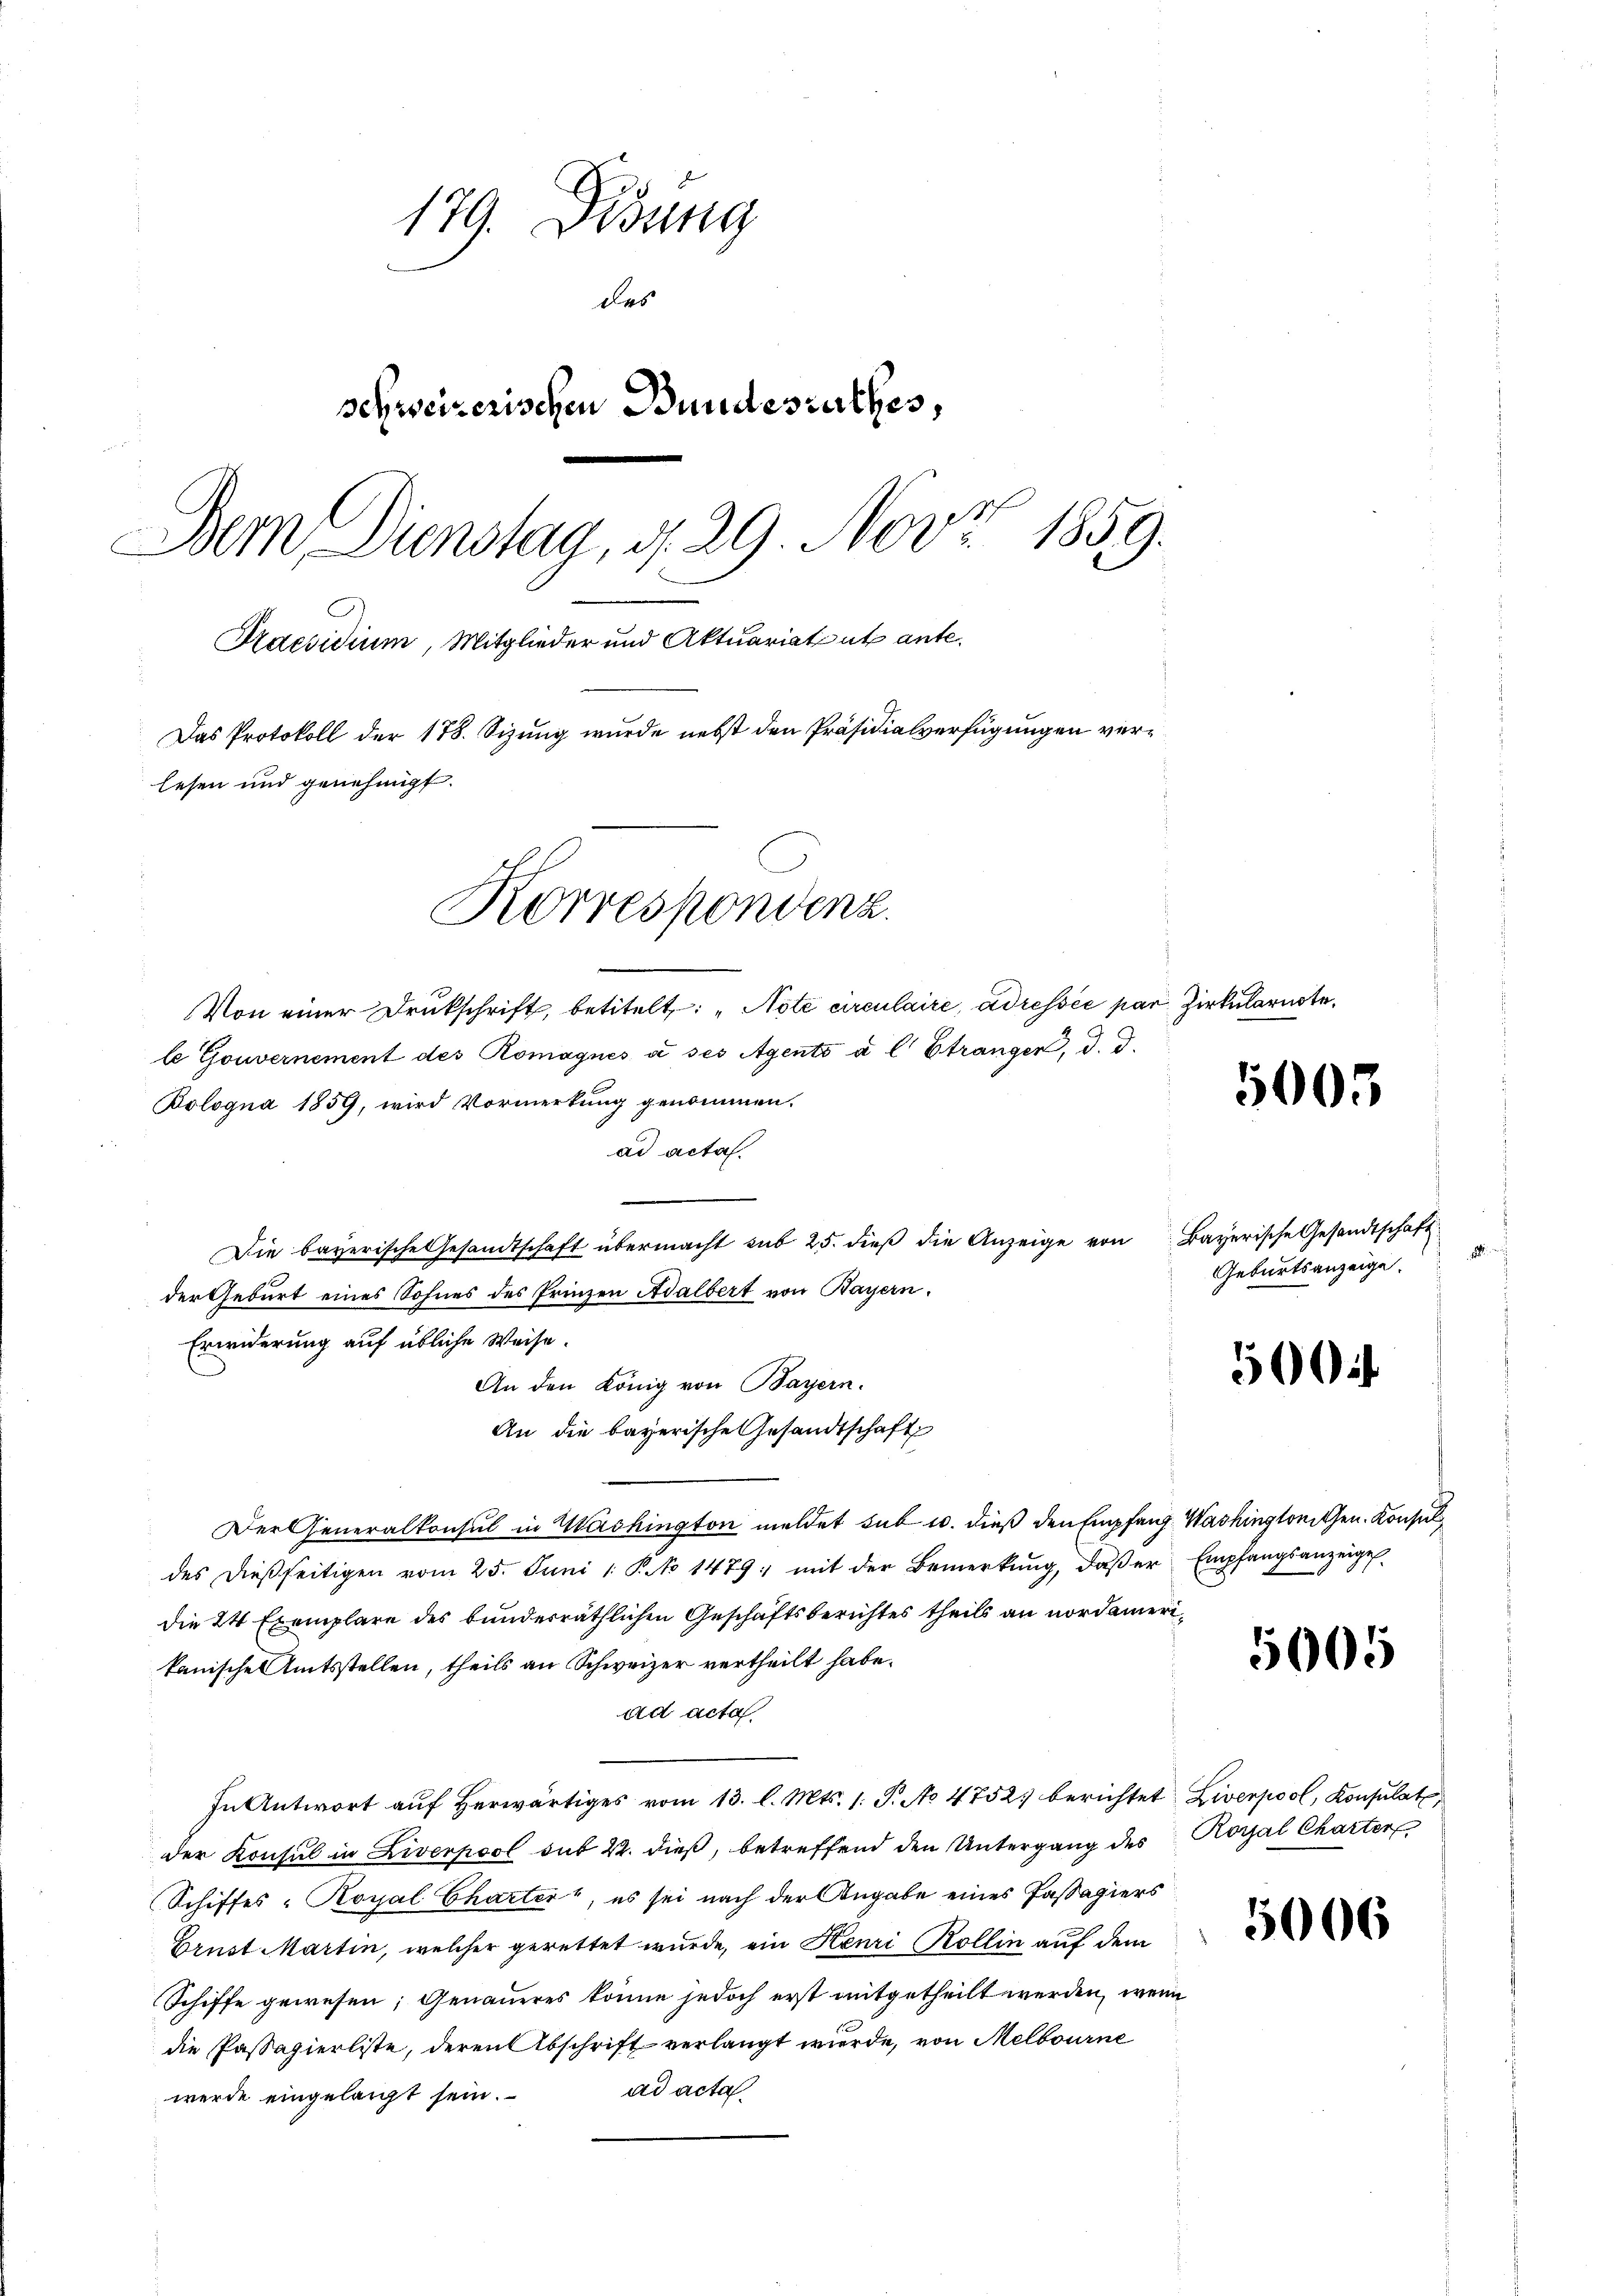
179. Disung
des
schweizerischen Bundesrathes,
Dem Dienstag, d. 29. Nov. 1859.
Praesidium, Mitglieder und Aktuariatent ante.
Das Protokoll der 178. Sizung wurde nebst den Präsidialverfügungen verlesen und genehmigt.
Korrespondenz.

Von einer Drukschrift, betitelt: „Note circulaire, adressée par Zirkularnte
le Gouvernement des Romagnés à ses Agents à l Etrangen, d. d.
Bologna 1859, wird Vormerkung genommen.
ad acta.
Die bayerische Gesandtschaft übermacht sub 25. dieß die Anzeige von Bayerische Gesandtschaft
der Geburt eines Sohnes des Prinzen Adalbert von Bayern.
Erwiderung auf übliche Weise.
An den König von Bayern.
An die bayerische Gesandtschaft
Der Generalkonsul in Washington meldet sub u. dieß den Empfang. Washingleithen. Konsuldes dießseitigen vom 25. Juni 1: P. No 1479; mit der Bemerkŭng, daβ er Empfangsanzeigel
die 24 Exemplare des bunderräthlichen Geschäftsberichtes theils an nordamerikanische Amtsstellen, theils an Schweizer vertheilt habe.
ad acta
In Antwort aŭf herwärtiges vom 13. l. Mts. 1. P. No 4752. berichtet Liverpool, Konsulat,
der Konsul in Liverpool sub 22. dieß, betreffend den Untergang des Moral Charter
Schiffes - Royal Charter, es sei nach der Angabe eines Passagiers
Brust Martin, welcher gerettet wurde, ein Henri Kollin auf dem
Schiffe gewesen; Genaueres könne jedoch erst mitgetheilt werden, wenn
die Passagierliste, deren Abschrift verlangt wurde, von Melbourne
ad acta
werde eingelangt sein.

1005.

Geburtsanzeige.

50

5005

5006